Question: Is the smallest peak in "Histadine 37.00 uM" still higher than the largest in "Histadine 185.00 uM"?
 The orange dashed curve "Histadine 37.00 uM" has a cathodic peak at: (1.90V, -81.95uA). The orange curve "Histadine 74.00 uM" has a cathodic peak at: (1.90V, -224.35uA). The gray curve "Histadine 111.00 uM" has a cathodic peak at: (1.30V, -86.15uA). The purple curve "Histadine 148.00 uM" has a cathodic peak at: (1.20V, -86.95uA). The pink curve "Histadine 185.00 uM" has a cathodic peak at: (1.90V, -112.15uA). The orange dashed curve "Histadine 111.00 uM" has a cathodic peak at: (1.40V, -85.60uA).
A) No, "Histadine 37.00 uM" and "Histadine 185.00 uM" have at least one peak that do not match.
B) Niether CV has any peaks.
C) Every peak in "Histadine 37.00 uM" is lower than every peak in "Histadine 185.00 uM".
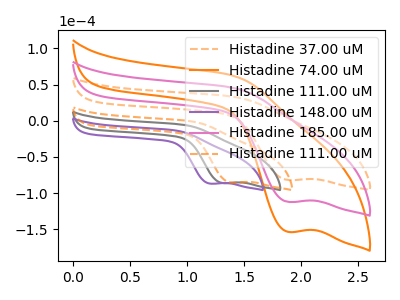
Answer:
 <answer>C) Every peak in "Histadine 37.00 uM" is lower than every peak in "Histadine 185.00 uM".</answer>
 <eval>C</eval>